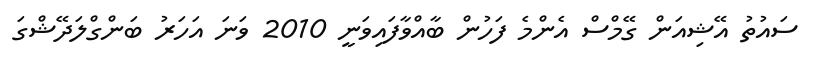
ސައުތު އޭޝިއަން ގޭމްސް އެންމެ ފަހުން ބާއްވާފައިވަނީ 2010 ވަނަ އަހަރު ބަންގްލަދޭޝްގަ